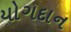
યોગદાન